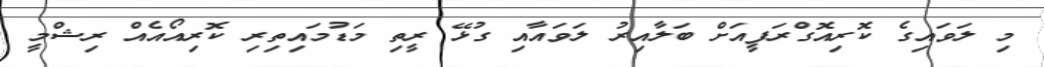
މި ލަވައިގެ ކޮރިއޮގްރަފީއަށް ބަލާއިރު ލަވައާއި ގުޅޭ ރީތި މަޑުމައިތިރި ކޮރިއޯއެއް ރިޝްމީ